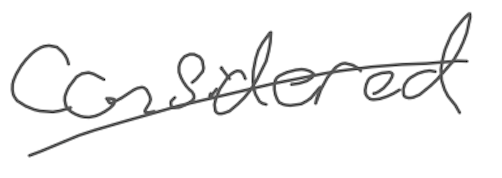
Text: considered
Cross-out: single-line
Writing tool: digital_gray